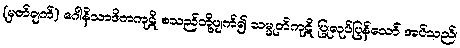
(မှတ်ချက်) ဂေါနိသာဒိကကုဋိ စသည်တို့ပျက်၍ သမ္မုတိကုဋိ ပြုလုပ်ပြန်သော် အပ်သည်၊